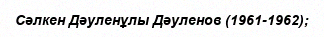
Сәлкен Дәуленұлы Дәуленов (1961-1962);